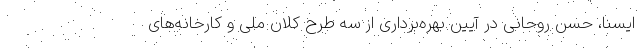
ایسنا، حسن روحانی در آیین بهره‌برداری از سه طرح کلان ملی و کارخانه‌های